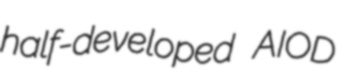
half-developed AIOD